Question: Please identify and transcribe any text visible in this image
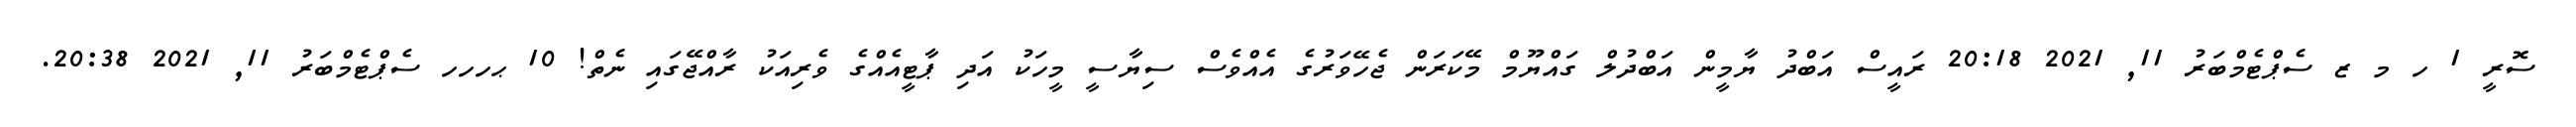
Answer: ސޮރީ 1 ހ މ ޒ ސެޕްޓެމްބަރު 11, 2021 20:18 ރައީސް އަބްދު ޔާމީން އަބްދުލް ގައްޔޫމް މޭކަރަން ޖެހޭވަރުގެ އެއްވެސް ސިޔާސީ މީހަކު އަދި ޕާޓީއެއްގެ ވެރިއަކު ރާއްޖޭގައި ނެތް! 10 ޙހހހ ސެޕްޓެމްބަރު 11, 2021 20:38.